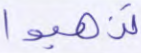
تذهبوا